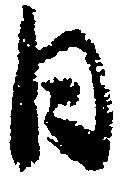
日